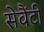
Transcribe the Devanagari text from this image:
सेवैंटी